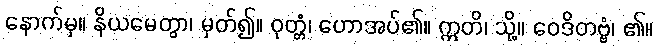
နောက်မှ။ နိယမေတွာ၊ မှတ်၍။ ဝုတ္တံ၊ ဟောအပ်၏။ ဣတိ၊ သို့။ ဝေဒိတဗ္ဗံ၊ ၏။